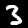
Label: 3